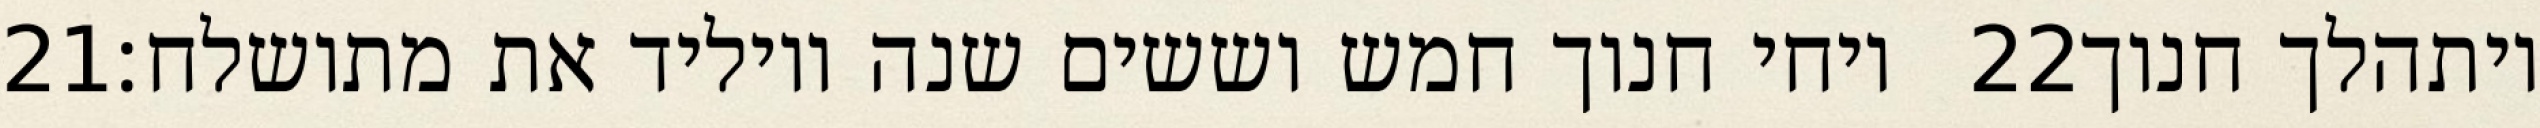
‎21‏ ויחי חנוך חמש וששים שנה ויוליד את מתושלח׃ ‎22‏ ויתהלך חנוך